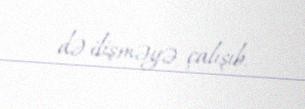
də ilişməyə çalışıb.